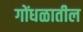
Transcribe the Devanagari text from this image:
गोंधळातील